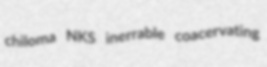
chiloma NKS inerrable coacervating